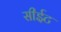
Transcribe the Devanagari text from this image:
सीईट